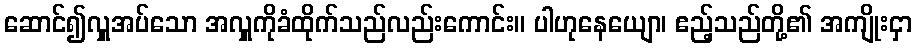
ဆောင်၍လှူအပ်သော အလှူကိုခံထိုက်သည်လည်းကောင်း။ ပါဟုနေယျော၊ ဧည့်သည်တို့၏ အကျိုးငှာ